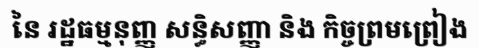
នៃ រដ្ឋធម្មនុញ្ញ សន្ធិសញ្ញា និង កិច្ចព្រមព្រៀង